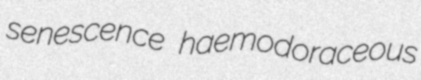
senescence haemodoraceous